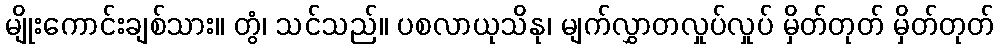
မျိုးကောင်းချစ်သား။ တွံ၊ သင်သည်။ ပစလာယုသိနု၊ မျက်လွှာတလှုပ်လှုပ် မှိတ်တုတ် မှိတ်တုတ်